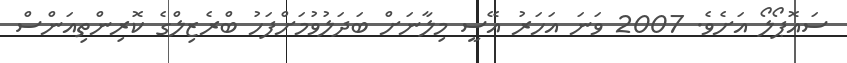
ސައޮޕޯލޯ އަށެވެ. 2007 ވަނަ އަހަރު އޭސީ މިލާނަށް ބަދަލުވުމަށްފަހު ބްރެޒިލްގެ ކޮރިންތިއަންސް